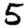
Digit: 5